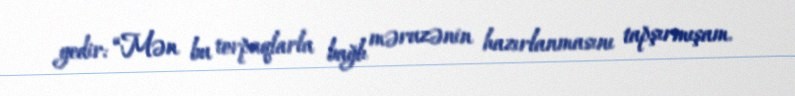
gedir: “Mən bu torpaqlarla bağlı məruzənin hazırlanmasını tapşırmışam.